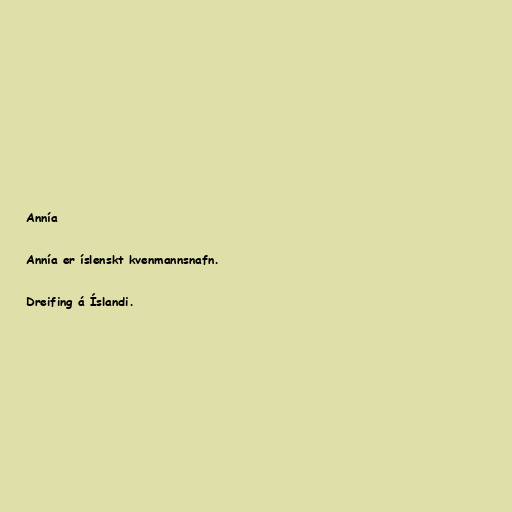
Annía

Annía er íslenskt kvenmannsnafn.

Dreifing á Íslandi.